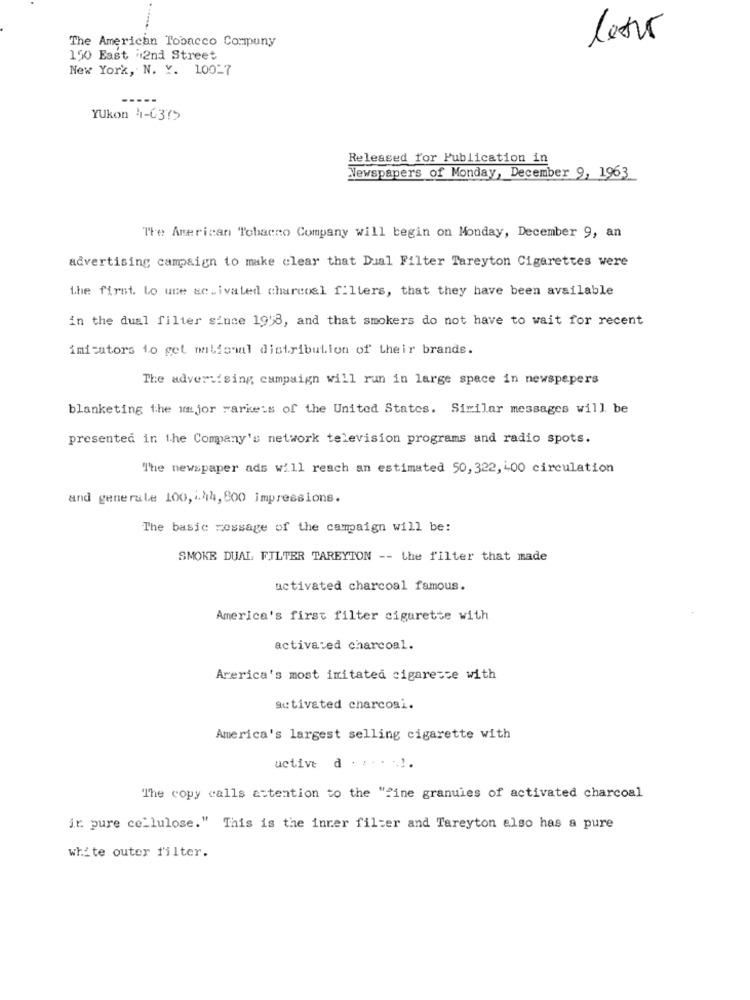
The American Tobacco Compuny
150 East 2nd Street
New York, N. Y. 10017
YUkon 4-6375
Released for Publication in
Newspapers of Monday, December 9, 1963
The American Tobacco Company will begin on Monday, December 9, an
advertising campaign to make clear that Dual Filter Tareyton Cigarettes were
the first lo une ac.ivated charcoal filters, that they have been available
in the dual filter since 19'8, and that smokers do not have to wait for recent
imftutors to get national distribution of their brands.
The advertising campaign will run in large space in newspapers
blanketing the major Markets of the United States. Similar messages will be
presented in the Company's network television programs and radio spots.
The newspaper ads will reach an estimated 50, 322, 00 circulation
and generale 100, . 414, 800 impressions.
The basic message of the campaign will be:
SMOKE DUAL FILTER TAREYTON -- the filter that made
activated charcoal famous.
America's first filter cigurette with
activated charcoal.
Arerica's most imitated cigarette with
activated charcoal.
America's largest selling cigarette with
uctive d
The copy calls attention to the ""ine granuies of activated charcoal
ir pure cellulose." This is the inner filter and Tareyton also has a pure
white outer filter.